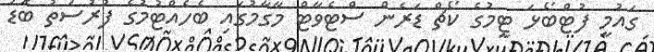
ގައުމީ ފުޓްބޯޅަ ޓީމުގެ ކޯޗް ޑަރެން ސްޓެވާޓް މާގާމުގައި ބެހެއްޓުމުގެ ފުރުސަތު ބޮޑު